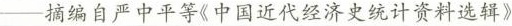
——摘编自严中平等《中国近代经济史统计资料选辑》